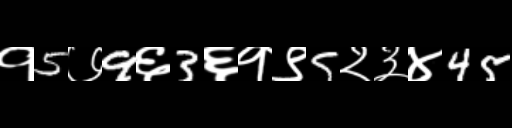
Text: १5७9६3६१९5२३४45